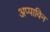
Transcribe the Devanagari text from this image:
अप्पाविन